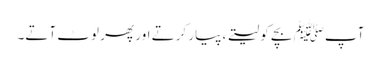
آپﷺ بچے کو لیتے ، پیار کرتے اور پھر لوٹ آتے۔